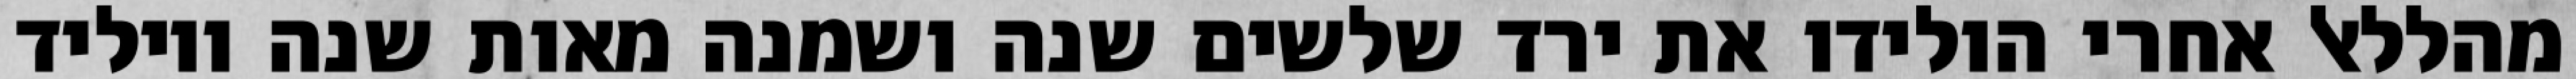
מהללאל אחרי הולידו את ירד שלשים שנה ושמנה מאות שנה ויוליד